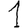
Digit: 1